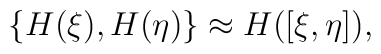
\{ H(\xi),H(\eta)\} \approx H([\xi,\eta]),